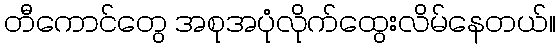
တီကောင်တွေ အစုအပုံလိုက်ထွေးလိမ်နေတယ်။